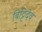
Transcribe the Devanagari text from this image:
बिट्टिदेव